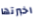
اخبرتها